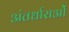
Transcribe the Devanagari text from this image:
अंतर्धाराओं